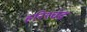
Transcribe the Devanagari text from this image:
हरिश्‍चंद्र